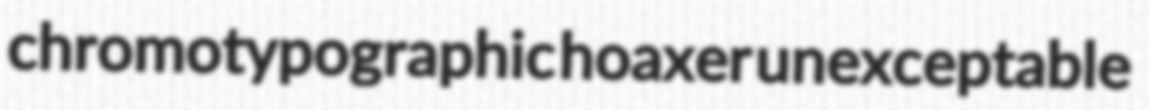
chromotypographic hoaxer unexceptable